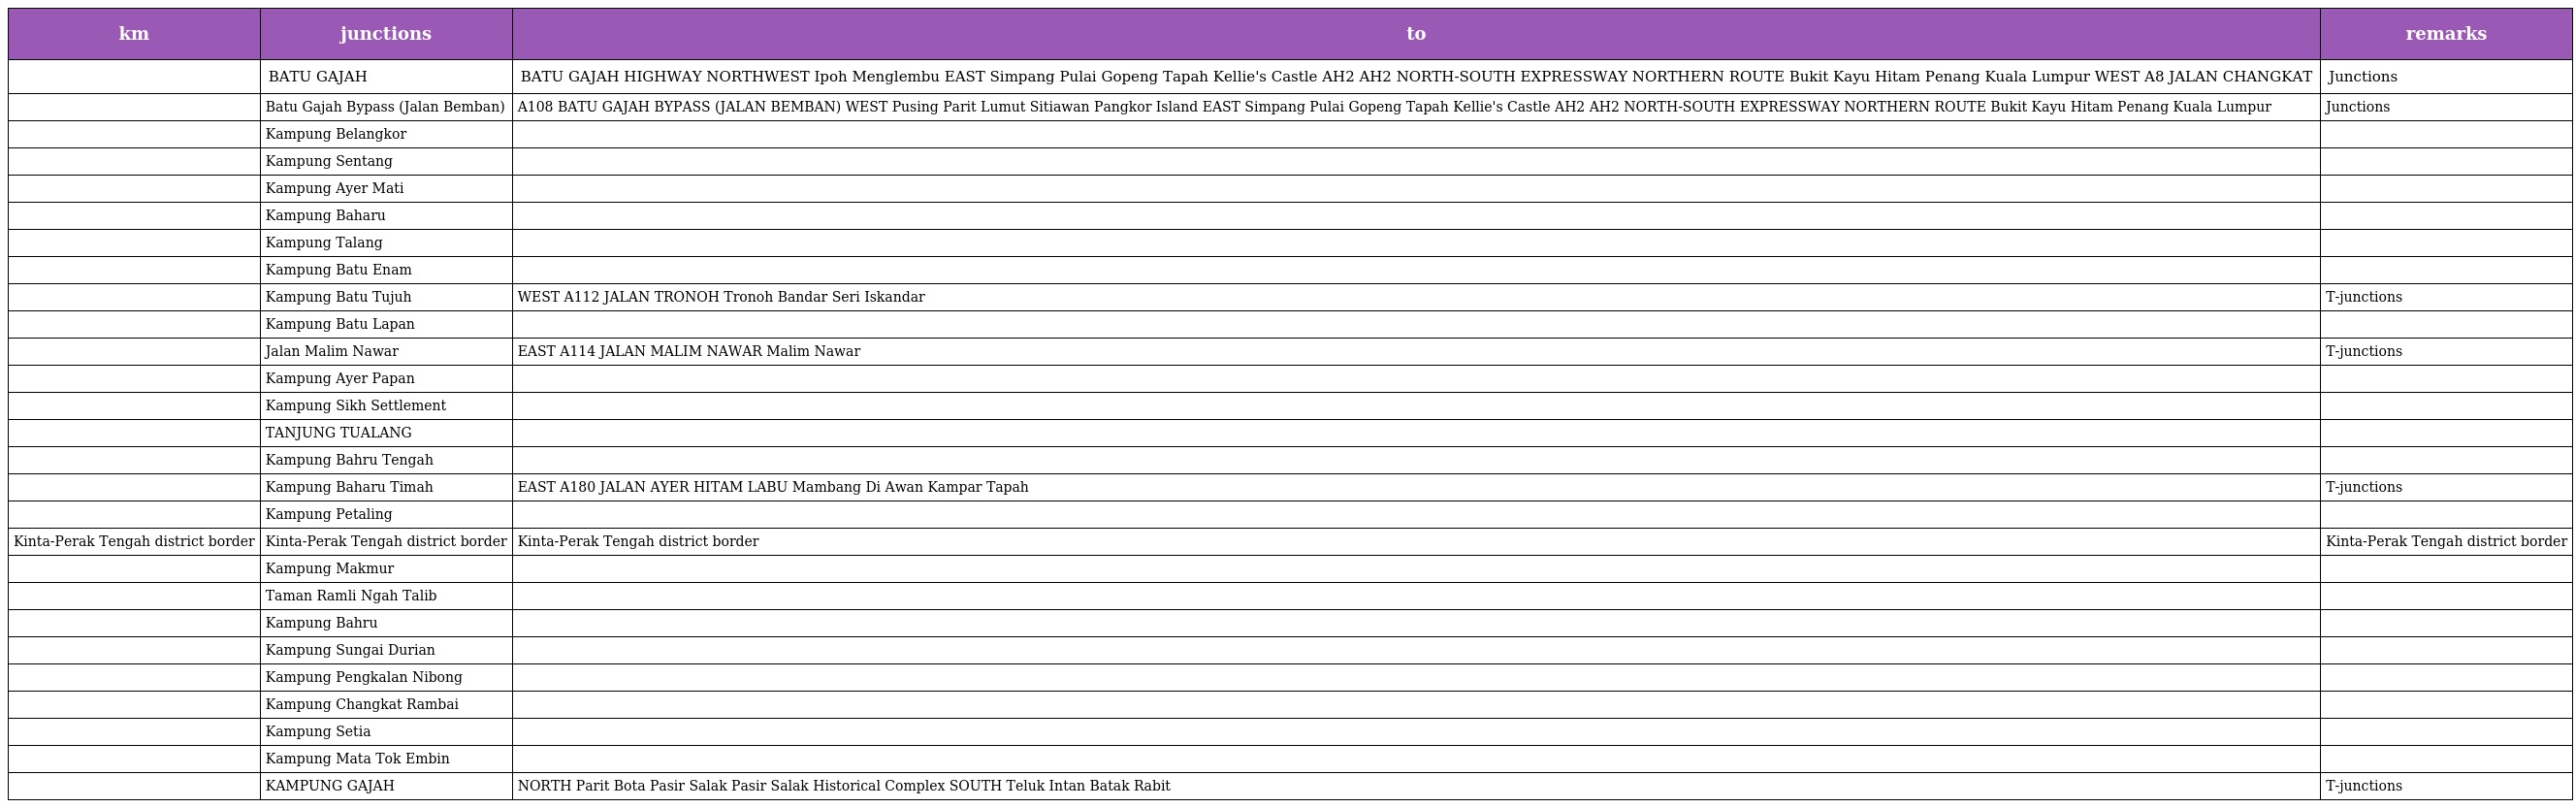
| km | junctions | to | remarks |
 | --- | --- | --- | --- |
 |  | BATU GAJAH | BATU GAJAH HIGHWAY NORTHWEST Ipoh Menglembu EAST Simpang Pulai Gopeng Tapah Kellie's Castle AH2 AH2 NORTH-SOUTH EXPRESSWAY NORTHERN ROUTE Bukit Kayu Hitam Penang Kuala Lumpur WEST A8 JALAN CHANGKAT | Junctions |
 |  | Batu Gajah Bypass (Jalan Bemban) | A108 BATU GAJAH BYPASS (JALAN BEMBAN) WEST Pusing Parit Lumut Sitiawan Pangkor Island EAST Simpang Pulai Gopeng Tapah Kellie's Castle AH2 AH2 NORTH-SOUTH EXPRESSWAY NORTHERN ROUTE Bukit Kayu Hitam Penang Kuala Lumpur | Junctions |
 |  | Kampung Belangkor |  |  |
 |  | Kampung Sentang |  |  |
 |  | Kampung Ayer Mati |  |  |
 |  | Kampung Baharu |  |  |
 |  | Kampung Talang |  |  |
 |  | Kampung Batu Enam |  |  |
 |  | Kampung Batu Tujuh | WEST A112 JALAN TRONOH Tronoh Bandar Seri Iskandar | T-junctions |
 |  | Kampung Batu Lapan |  |  |
 |  | Jalan Malim Nawar | EAST A114 JALAN MALIM NAWAR Malim Nawar | T-junctions |
 |  | Kampung Ayer Papan |  |  |
 |  | Kampung Sikh Settlement |  |  |
 |  | TANJUNG TUALANG |  |  |
 |  | Kampung Bahru Tengah |  |  |
 |  | Kampung Baharu Timah | EAST A180 JALAN AYER HITAM LABU Mambang Di Awan Kampar Tapah | T-junctions |
 |  | Kampung Petaling |  |  |
 | Kinta-Perak Tengah district border | Kinta-Perak Tengah district border | Kinta-Perak Tengah district border | Kinta-Perak Tengah district border |
 |  | Kampung Makmur |  |  |
 |  | Taman Ramli Ngah Talib |  |  |
 |  | Kampung Bahru |  |  |
 |  | Kampung Sungai Durian |  |  |
 |  | Kampung Pengkalan Nibong |  |  |
 |  | Kampung Changkat Rambai |  |  |
 |  | Kampung Setia |  |  |
 |  | Kampung Mata Tok Embin |  |  |
 |  | KAMPUNG GAJAH | NORTH Parit Bota Pasir Salak Pasir Salak Historical Complex SOUTH Teluk Intan Batak Rabit | T-junctions |